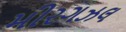
મીરગઝલ